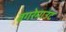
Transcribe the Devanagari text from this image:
वगरेमाउंट